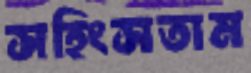
সহিংসতাম